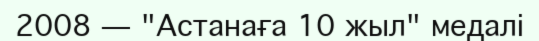
2008 — "Астанаға 10 жыл" медалі